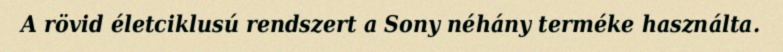
A rövid életciklusú rendszert a Sony néhány terméke használta.